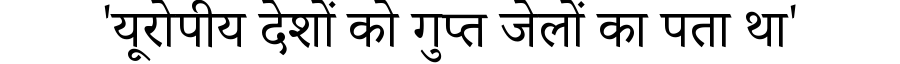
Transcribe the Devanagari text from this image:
'यूरोपीय देशों को गुप्त जेलों का पता था'